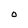
Character: O